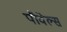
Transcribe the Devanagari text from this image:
पौवेल्स